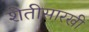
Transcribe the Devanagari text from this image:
शेतीसारखी